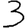
Digit: 3